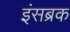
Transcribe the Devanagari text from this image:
इंसब्रक